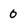
Character: 0